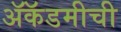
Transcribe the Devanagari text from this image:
ॲकॅडमीची